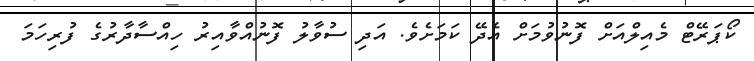
ކޯޕަރޭޓް މެއިލްއަށް ފޮނުވުމަށް އެދޭ ކަމަށެވެ. އަދި ސުވާލު ފޮނުއްވާއިރު ހިއްސާދާރުގެ ފުރިހަމަ